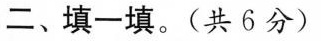
二、填一填。(共6分)